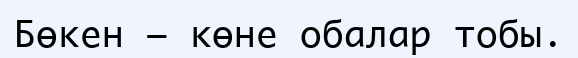
Бөкен – көне обалар тобы.